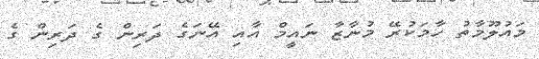
މައުލޫމާތު ހާމަކުރޭ މުނާޒާ ނައީމް އާއި އޭނަގެ ދަރިން ގެ ދަރިން ގެ